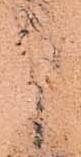
申